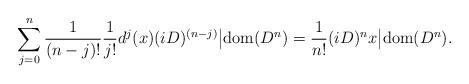
LaTeX: \begin{align*} \sum_{j=0}^n \frac{1}{(n-j)!}\frac{1}{j!}d^j(x) (iD)^{(n-j)}\big|\mathrm{dom}(D^n) = \frac{1}{n!}(iD)^nx\big|\mathrm{dom}(D^n). \end{align*}